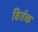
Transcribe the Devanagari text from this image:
विर्तक